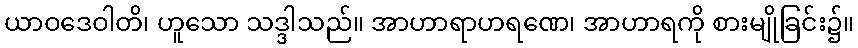
ယာဝဒေဝါတိ၊ ဟူသော သဒ္ဒါသည်။ အာဟာရာဟရဏေ၊ အာဟာရကို စားမျိုခြင်း၌။